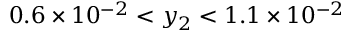
0 . 6 \times 1 0 ^ { - 2 } < y _ { 2 } < 1 . 1 \times 1 0 ^ { - 2 }